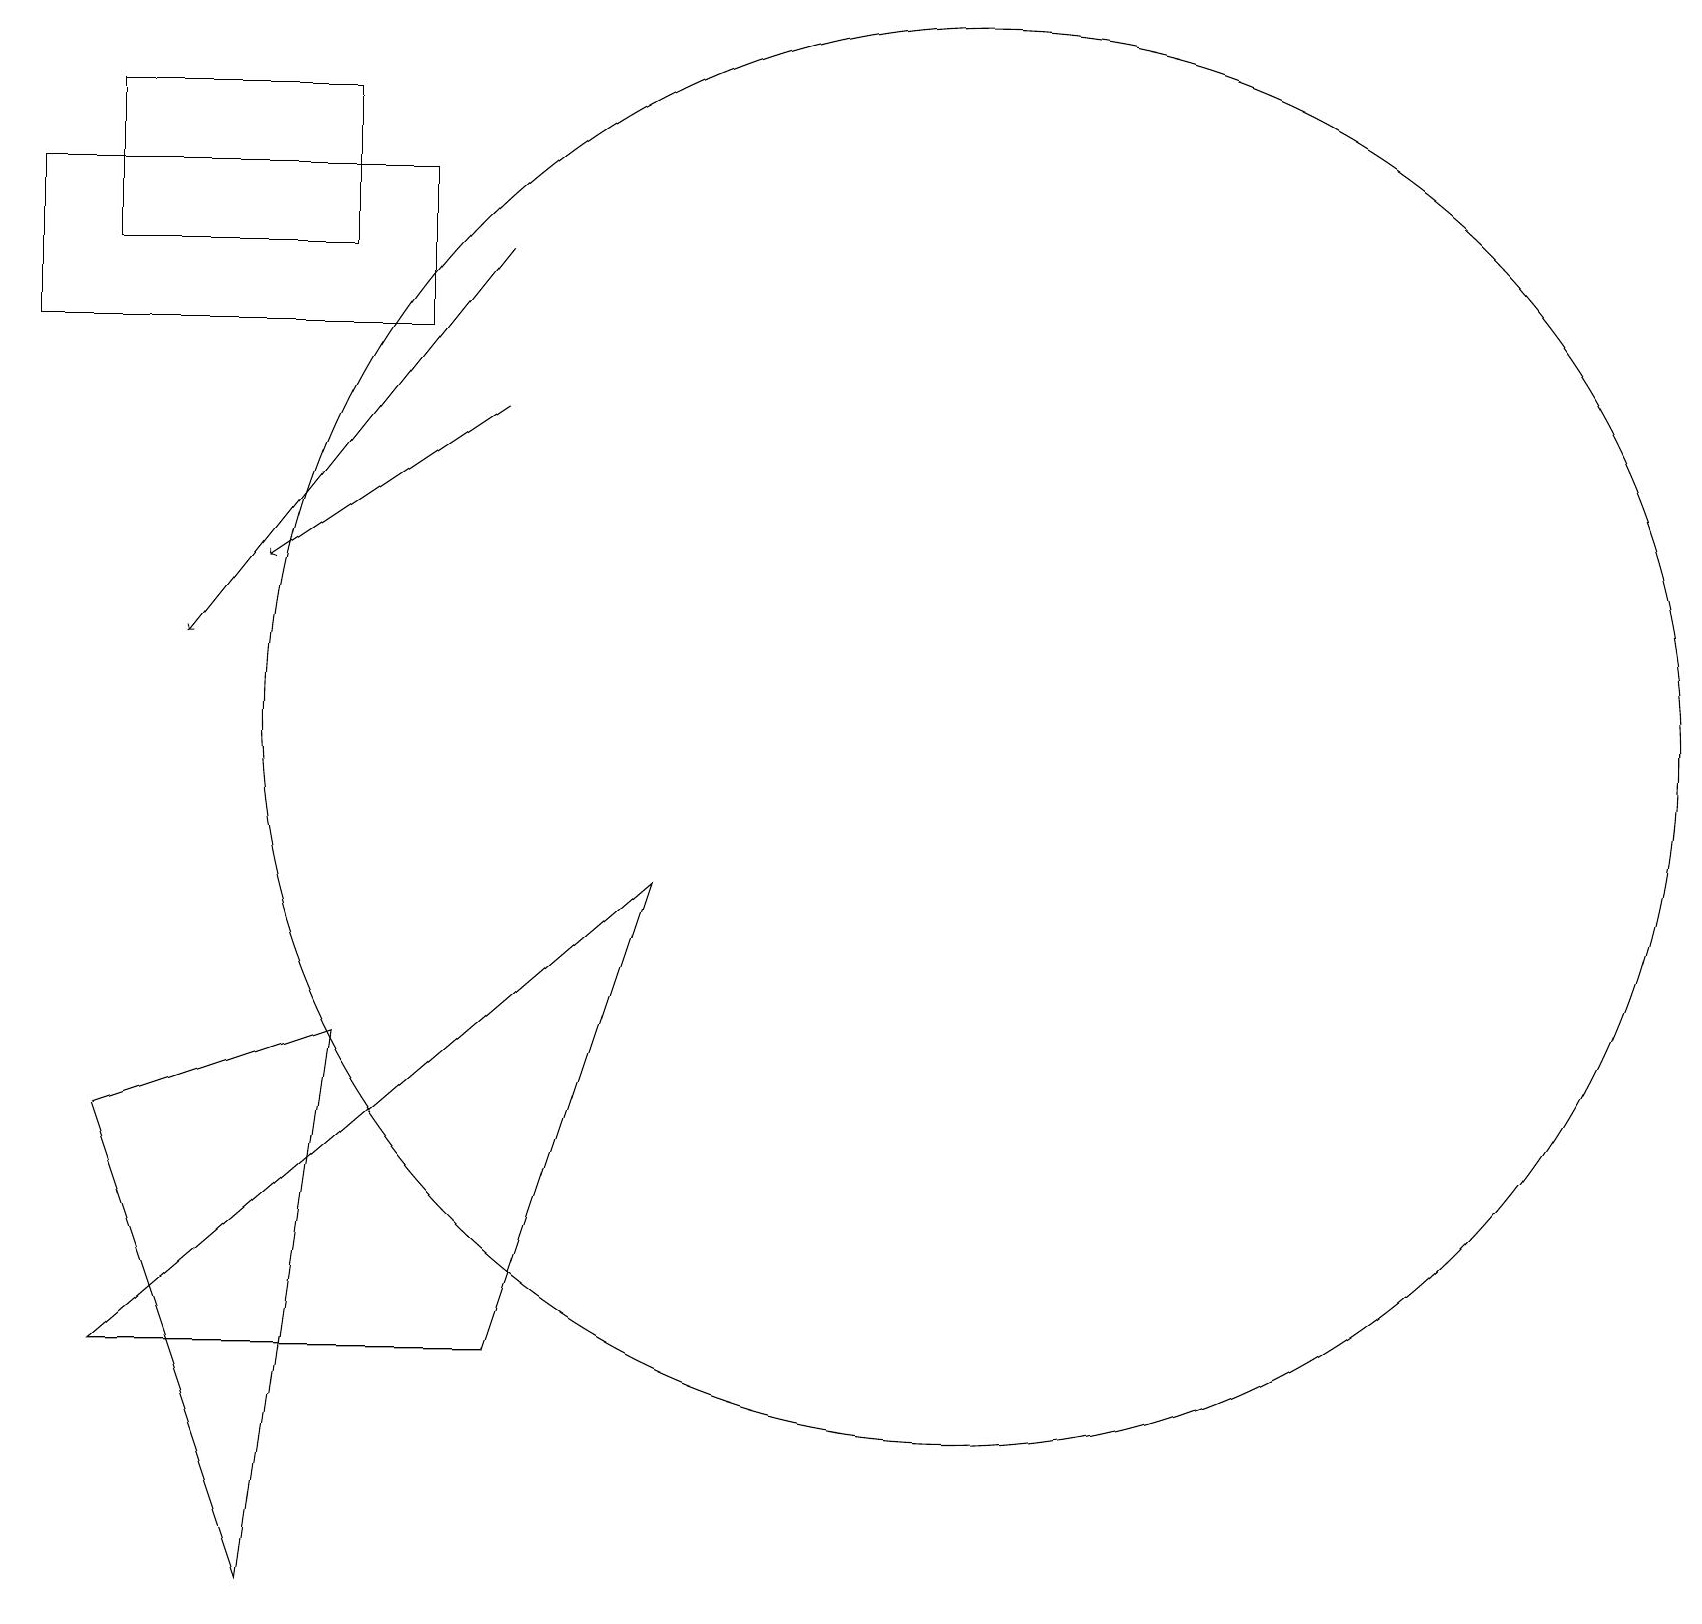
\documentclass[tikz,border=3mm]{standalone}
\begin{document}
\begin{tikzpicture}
\draw (0,16) rectangle (5,18);
\draw (10,10) circle (0);
\draw (1,3) -- (6,3) -- (8,9) -- cycle;
\draw[->] (6,17) -- (2,12);
\draw (12,11) circle (9);
\draw[->] (6,15) -- (3,13);
\draw (4,7) -- (1,6) -- (3,0) -- cycle;
\draw (1,19) rectangle (4,17);
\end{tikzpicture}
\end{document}